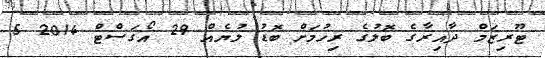
ޓޫރިޒަމް ދާއިރާގެ ބޮލުގެ ރިހުމަށް ބޮޑު ލުޔެއް 29 އޯގަސްޓް 2014 5